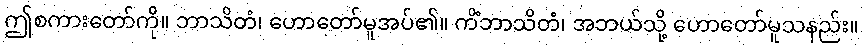
ဤစကားတော်ကို။ ဘာသိတံ၊ ဟောတော်မူအပ်၏။ ကိံဘာသိတံ၊ အဘယ်သို့ ဟောတော်မူသနည်း။